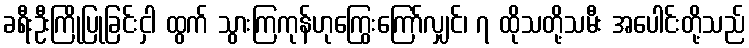
ခရီးဦးကြိုပြုခြင်းငှါ ထွက် သွားကြကုန်ဟုကြွေးကြော်လျှင်၊ ၇ ထိုသတို့သမီး အပေါင်းတို့သည်